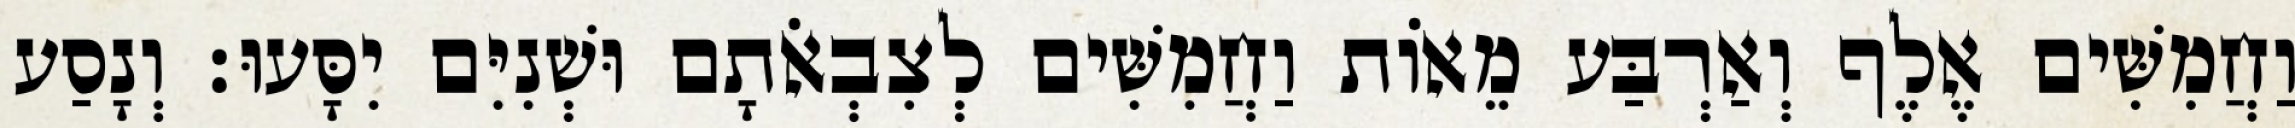
וַחֲמִשִּׁים אֶלֶף וְאַרְבַּע מֵאוֹת וַחֲמִשִּׁים לְצִבְאֹתָם וּשְׁנִיִּם יִסָּעוּ׃ וְנָסַע